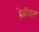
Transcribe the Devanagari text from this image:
हेब्रीड्स